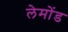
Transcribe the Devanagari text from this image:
लेमोंड